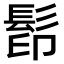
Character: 𩬵